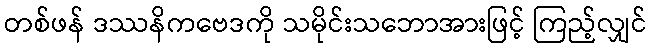
တစ်ဖန် ဒဿနိကဗေဒကို သမိုင်းသဘောအားဖြင့် ကြည့်လျှင်